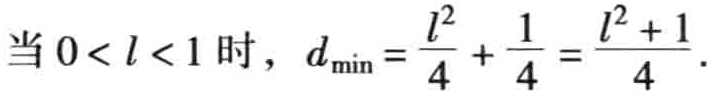
当 \(0 < l < 1\) 时，\(d_{\min}=\frac{l^{2}}{4}+\frac{1}{4}=\frac{l^{2}+1}{4}\).